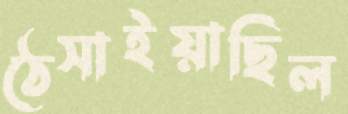
ঠেসাইয়াছিল